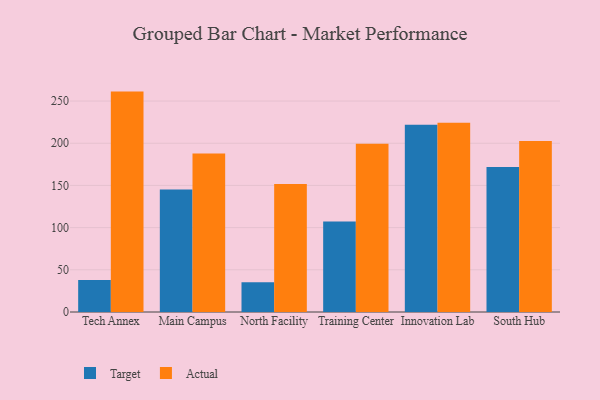
{"axis": {"x": "Campus", "y": "LTV (USD)"}, "legend": ["Actual", "Target"], "data": [{"x": "Tech Annex", "y": 37.8, "type": "Target"}, {"x": "Tech Annex", "y": 261.2, "type": "Actual"}, {"x": "Main Campus", "y": 145.3, "type": "Target"}, {"x": "Main Campus", "y": 187.9, "type": "Actual"}, {"x": "North Facility", "y": 35.2, "type": "Target"}, {"x": "North Facility", "y": 151.7, "type": "Actual"}, {"x": "Training Center", "y": 107.3, "type": "Target"}, {"x": "Training Center", "y": 199.4, "type": "Actual"}, {"x": "Innovation Lab", "y": 222.0, "type": "Target"}, {"x": "Innovation Lab", "y": 224.2, "type": "Actual"}, {"x": "South Hub", "y": 171.8, "type": "Target"}, {"x": "South Hub", "y": 202.7, "type": "Actual"}]}